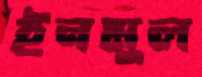
ইনমুল